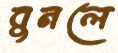
বুনলে